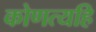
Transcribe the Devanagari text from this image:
कोणत्यहि